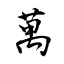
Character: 萬